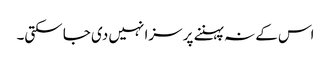
اس کے نہ پہننے پر سزا نہیں دی جا سکتی۔